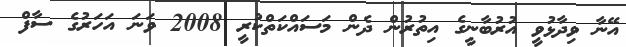
އޭނާ ވިދާޅުވީ އުރުބާނީގެ އިތުރުން ދެން މަސައްކަތްކުރީ 2008 ވަނަ އަހަރުގެ ސާފް